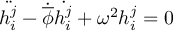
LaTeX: \ddot { h _ { i } ^ { j } } - \dot { \overline { { { \phi } } } } \dot { h _ { i } ^ { j } } + \omega ^ { 2 } h _ { i } ^ { j } = 0